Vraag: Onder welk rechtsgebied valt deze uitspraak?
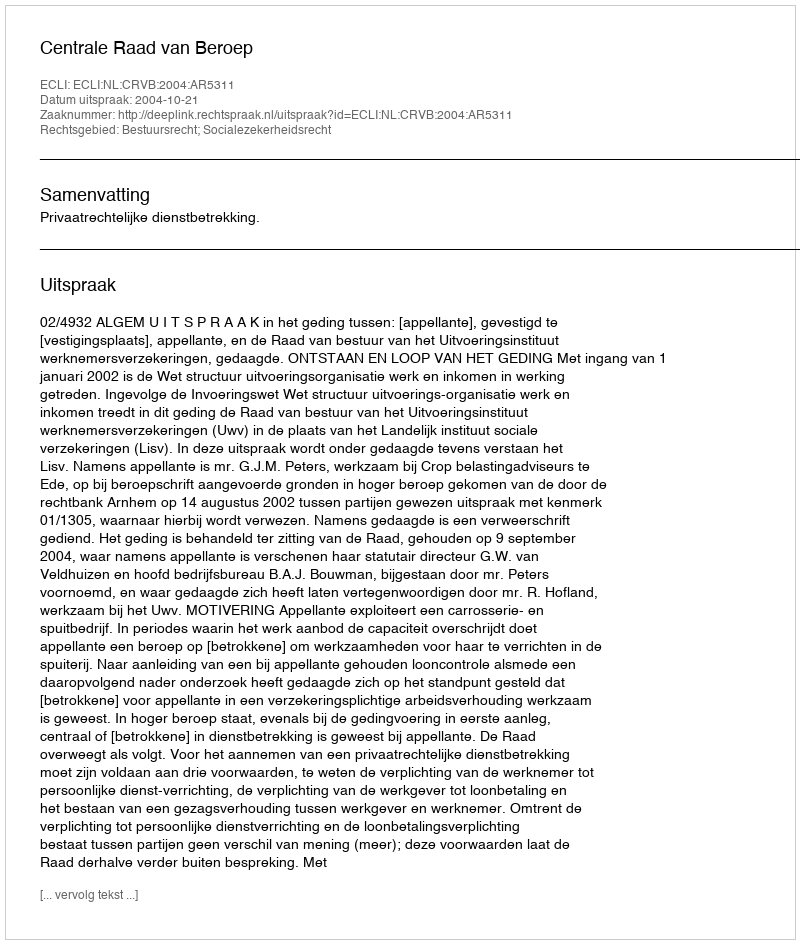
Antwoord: Bestuursrecht; Socialezekerheidsrecht